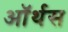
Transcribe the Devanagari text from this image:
ऑर्थस